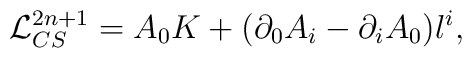
{\cal L}_{CS}^{2n+1}= A_{0} K + (\partial_{0}A_{i}- \partial_{i}A_{0}) l^{i},